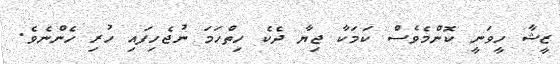
ޒީޝާ ހީވަނީ ކޮންމެވެސް ކަމަކާ ޖިޔާ ދެކެ ހިތްހަމަ ނުޖެހިފައި ހުރި ހެންނެވެ.